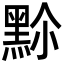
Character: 𪐳